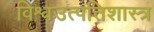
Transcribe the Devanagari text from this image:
विश्वउत्पत्तिशास्त्र